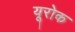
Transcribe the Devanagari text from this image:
यूरोक